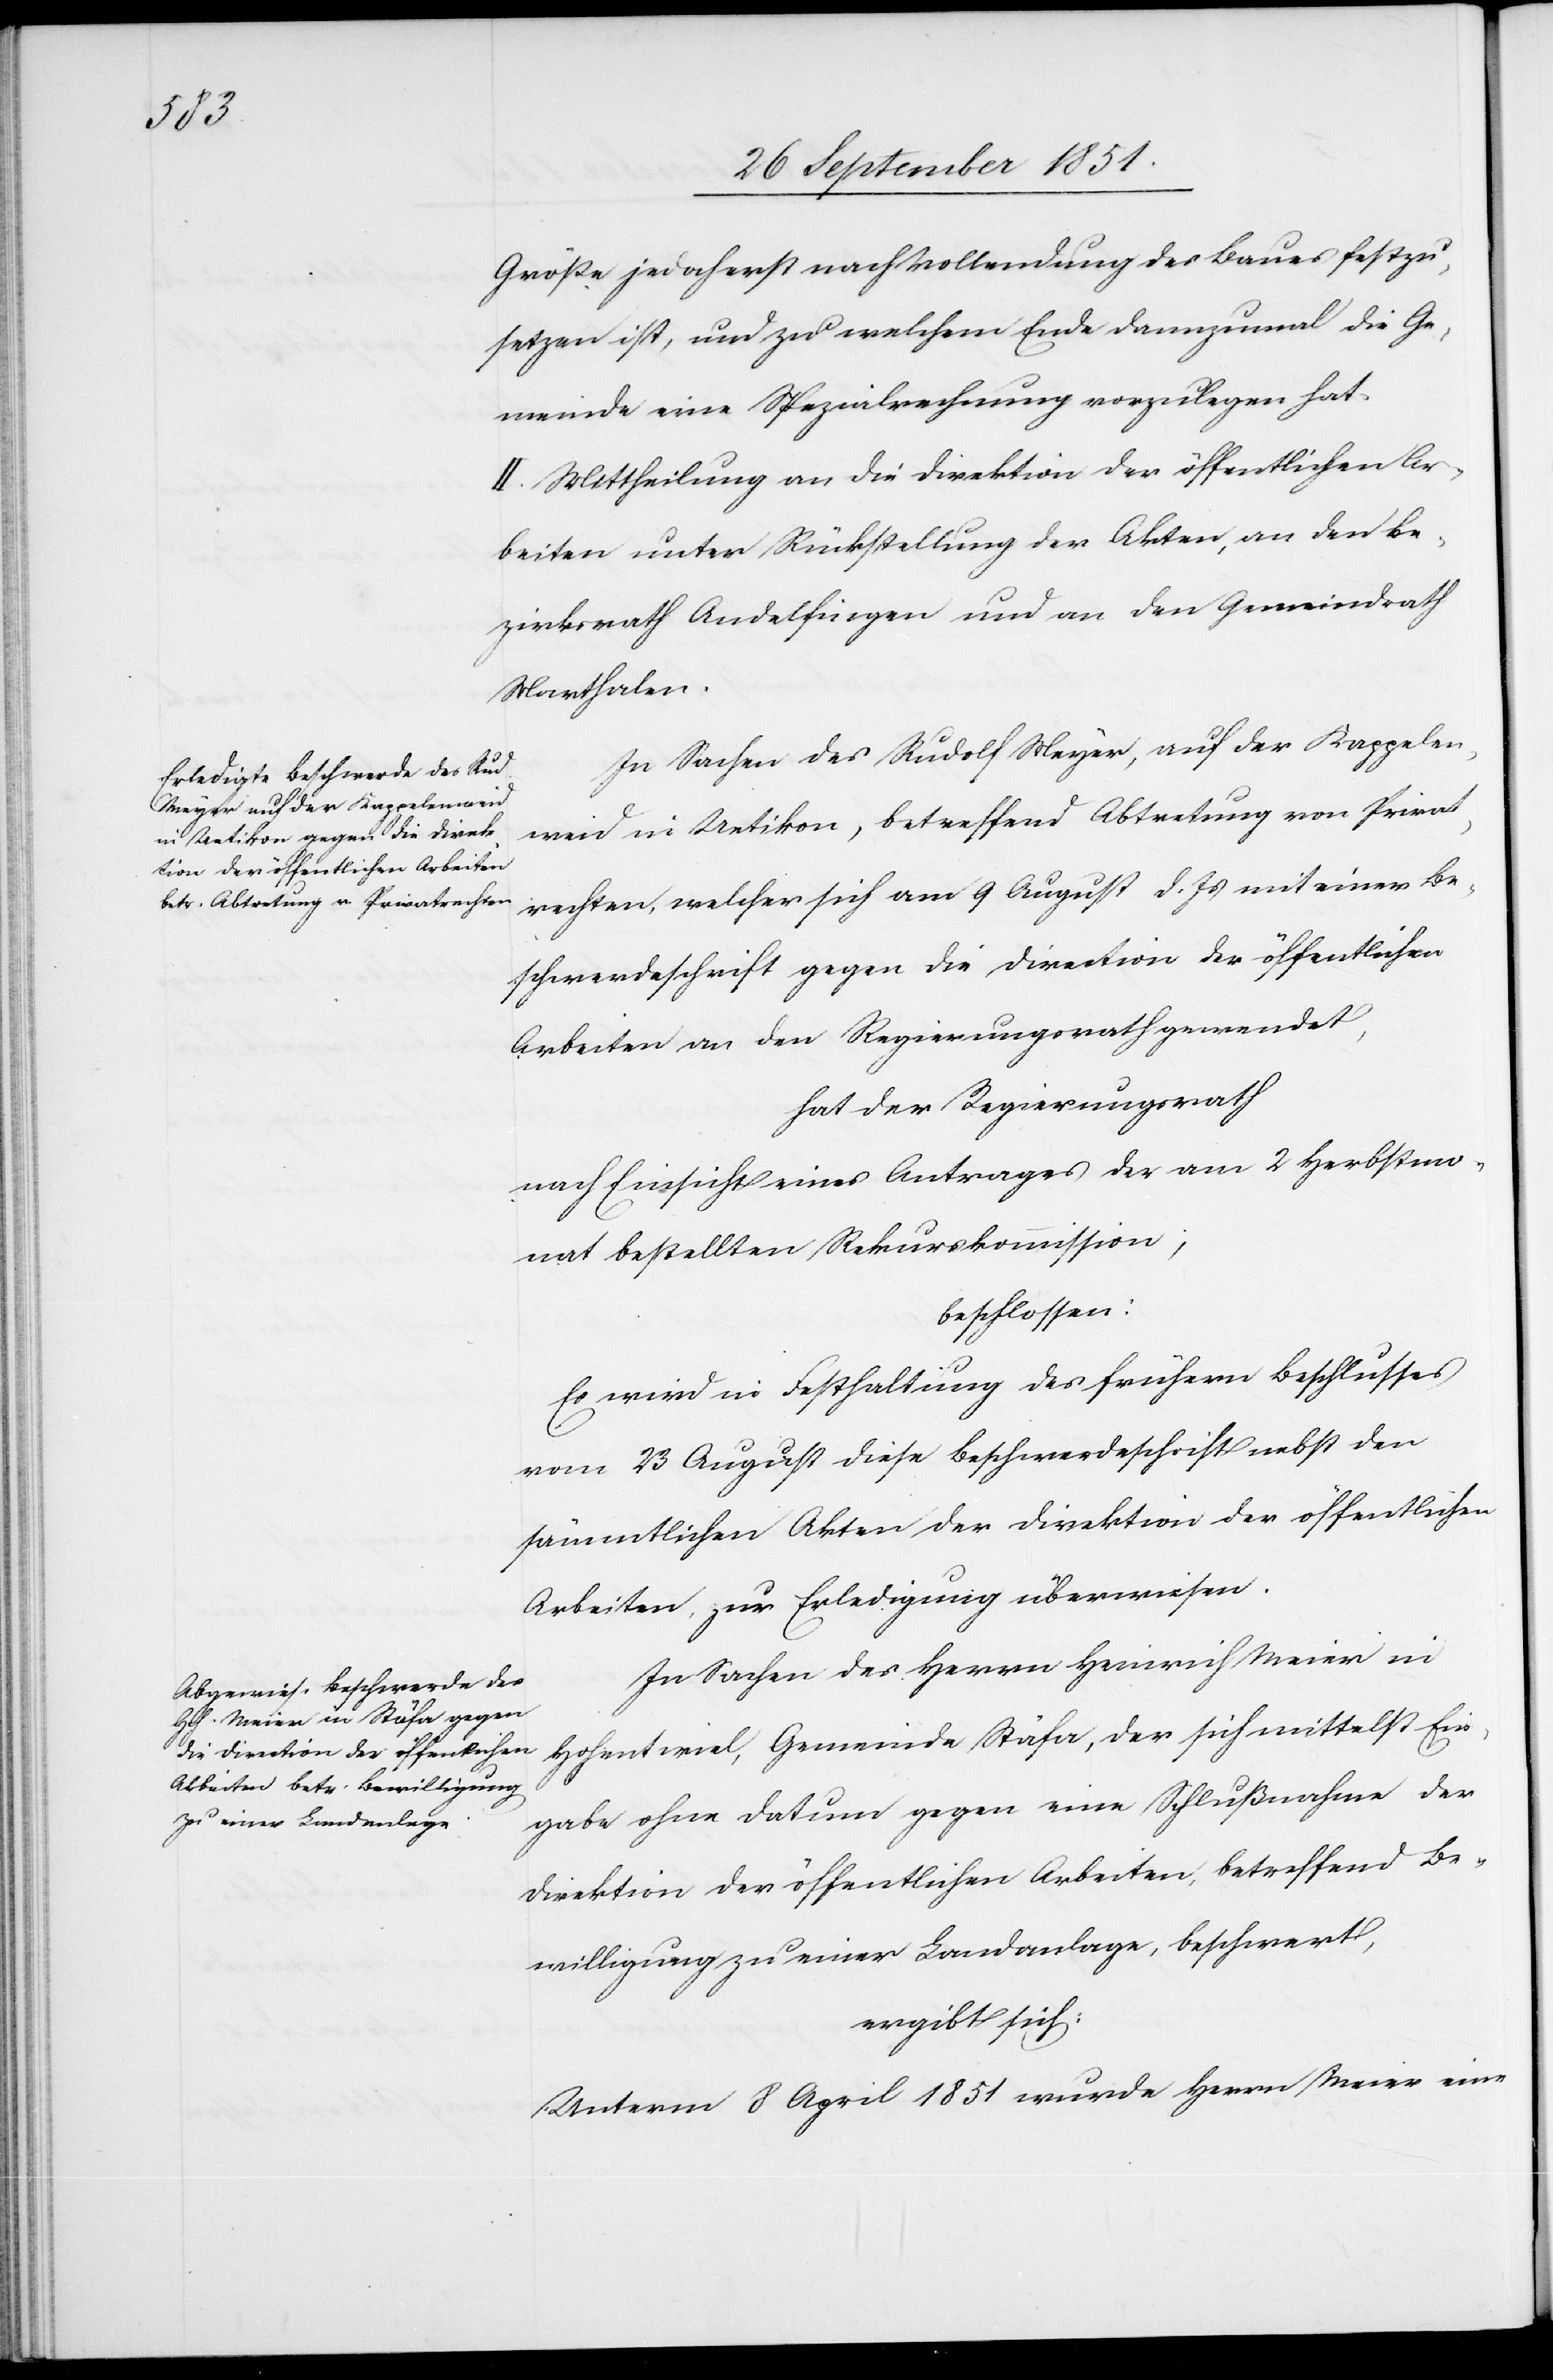
Größe jedoch erst nach Vollendung des Baues festzu¬
setzen ist, und zu welchem Ende dannzumal die Ge¬
meinde eine Spezialrechnung vorzulegen hat.
II. Mittheilung an die Direktion der öffentlichen Ar¬
beiten unter Rückstellung der Akten, an den Be¬
zirksrath Andelfingen und an den Gemeindrath
Marthalen.
In Sachen des Rudolf Meyer, auf der Kappelen¬
weid in Uetikon, betreffend Abtretung von Privat¬
rechten, welcher sich am 9 August d. Js mit einer Be¬
schwerdeschrift gegen die Direction der öffentlichen
Arbeiten an den Regierungsrath gewendet,
hat der Regierungsrath
nach Einsicht eines Antrages der am 2 Herbstmo¬
nat bestellten Rekurskommission;
beschlossen:
Es wird in Festhaltung des frühern Beschlusses
vom 23 August diese Beschwerdeschrift nebst den
sämmtlichen Akten der Direktion der öffentlichen
Arbeiten, zur Erledigung überwiesen.
In Sachen des Herrn Heinrich Meier in
Hohentwiel, Gemeinde Stäfa, der sich mittelst Ein¬
gabe ohne Datum gegen eine Schlußnahme der
Direktion der öffentlichen Arbeiten, betreffend Be¬
willigung zu einer Landanlage, beschwert,
ergibt sich:
Unterm 8 April 1851 wurde Herrn Meier eine